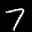
Label: 7